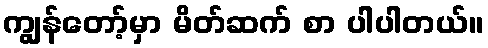
ကျွန်တော့်မှာ မိတ်ဆက် စာ ပါပါတယ်။